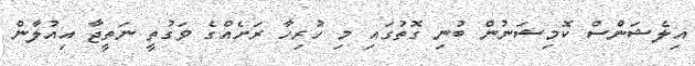
އިލެޝަންސް ކޮމިޝަނުން ބުނި ގޮޮތުގައި މި ހުރިހާ ރަށެއްގެ ވަގުތީ ނަތީޖާ އިއުލާން